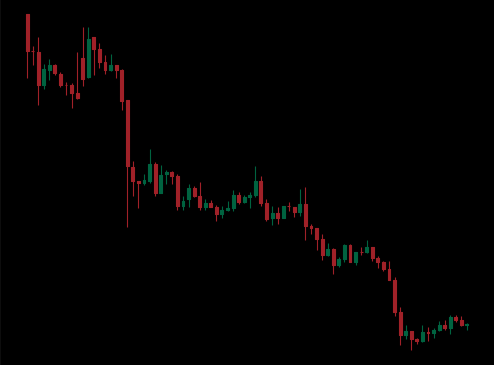
Pattern: unclassified